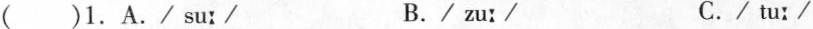
( )1. A. / su:/ B. / zu:/ C. / tu /